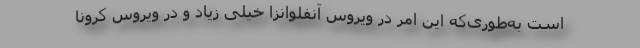
است به‌طوری‌که این امر در ویروس آنفلوانزا خیلی زیاد و در ویروس کرونا